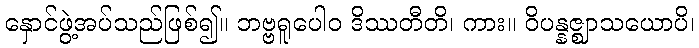
နှောင်ဖွဲ့အပ်သည်ဖြစ်၍။ ဘဗ္ဗရူပေါဝ ဒိဿတီတိ၊ ကား။ ဝိပန္နဇ္ဈာသယောပိ၊